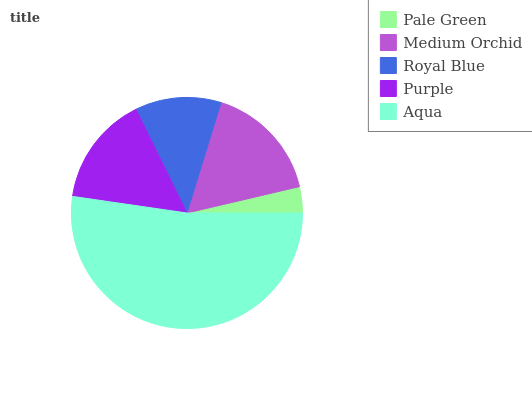
| Pale Green | Medium Orchid | Royal Blue | Purple | Aqua |
 | --- | --- | --- | --- | --- |
 | 3.66% | 16.5% | 12% | 15.4% | 52.3% |